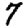
Digit: 7